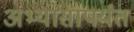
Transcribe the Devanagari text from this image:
अभ्यासापर्यंत